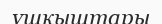
ұшқыштары